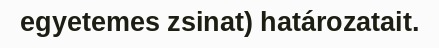
egyetemes zsinat) határozatait.